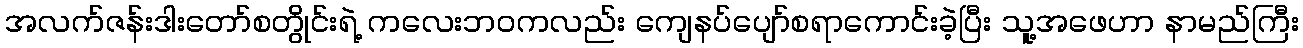
အလက်ဇန်းဒါးတော်စတွိုင်းရဲ့ ကလေးဘဝကလည်း ကျေနပ်ပျော်စရာကောင်းခဲ့ပြီး သူ့အဖေဟာ နာမည်ကြီး